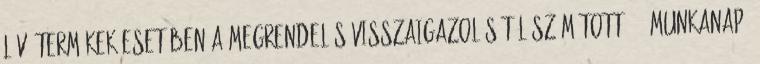
lévő termékek esetében a megrendelés visszaigazolásától számított 1-2 munkanap.